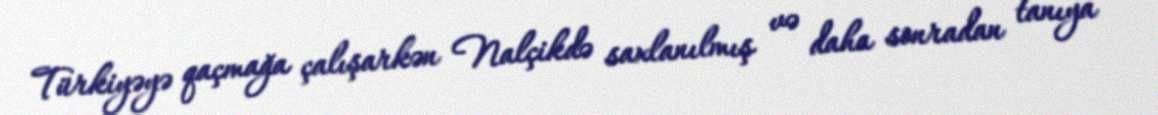
Türkiyəyə qaçmağa çalışarkən Nalçikdə saxlanılmış və daha sonradan tanıya